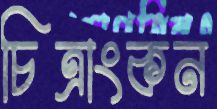
চিত্রাংকন